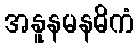
အနူနမနဓိကံ